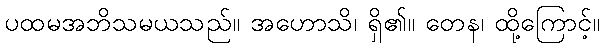
ပထမအဘိသမယသည်။ အဟောသိ၊ ရှိ၏။ တေန၊ ထို့ကြောင့်။